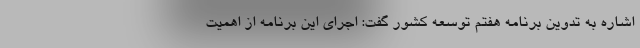
اشاره به تدوین برنامه هفتم توسعه کشور گفت: اجرای این برنامه از اهمیت